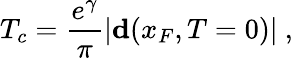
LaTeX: T_{c}=\frac{e^{\gamma}}{\pi}|{\mathbf d}(x_{F},T=0)|\ ,